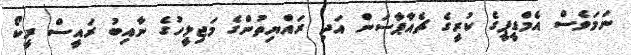
ނަމަވެސް އެމްޑީޕީގެ ކުރީގެ ޗެއާޕާސަން އަދި ރައްޔިތުންގެ މަޖިލީހުގެ ނާއިބު ރައީސް ރީކޯ